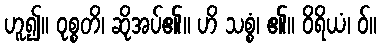
ဟူ၍။ ဝုစ္စတိ၊ ဆိုအပ်၏။ ဟိ သစ္စံ၊ ၏။ ဝိရိယံ၊ ဝ်။